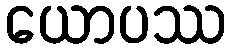
ယောပဿ